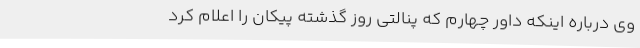
وی درباره اینکه داور چهارم که پنالتی روز گذشته پیکان را اعلام کرد